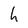
Character: h